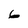
Character: 6